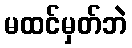
မထင်မှတ်ဘဲ